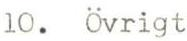
10. Övrigt